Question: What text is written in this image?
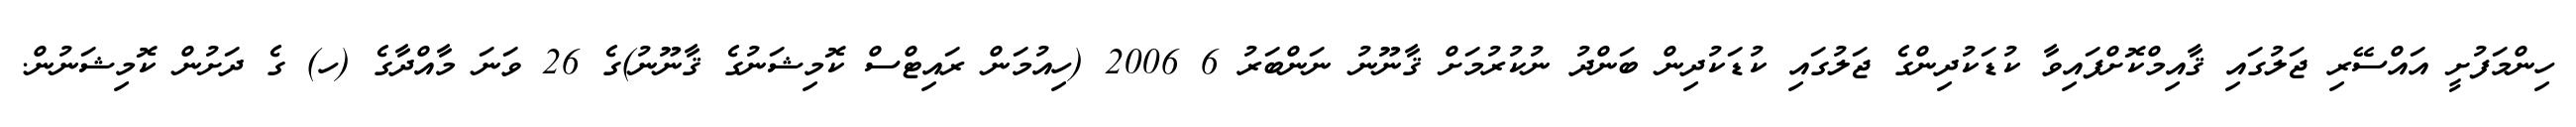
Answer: ހިންމަފުށީ އައްސޭރި ޖަލުގައި ޤާއިމްކޮށްފައިވާ ކުޑަކުދިންގެ ޖަލުގައި ކުޑަކުދިން ބަންދު ނުކުރުމަށް ޤާނޫނު ނަންބަރު 6 2006 (ހިއުމަން ރައިޓްސް ކޮމިޝަނުގެ ޤާނޫނު)ގެ 26 ވަނަ މާއްދާގެ (ހ) ގެ ދަށުން ކޮމިޝަނުން.